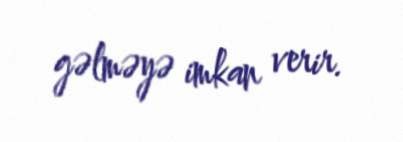
gəlməyə imkan verir.